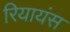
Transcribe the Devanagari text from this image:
रियायंस